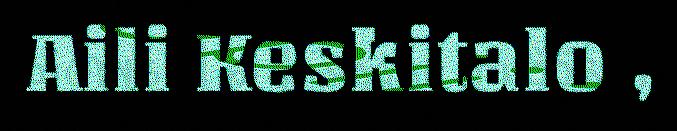
Aili Keskitalo ,